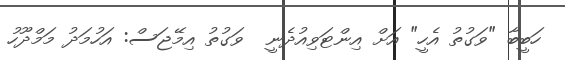
ހަބީބާ "ވަގުތު އެހީ" އަށް އިންޓަވިއުދެނީ  ވަގުތު އިމޭޖަސް: އަހުމަދު މަމްދޫހު